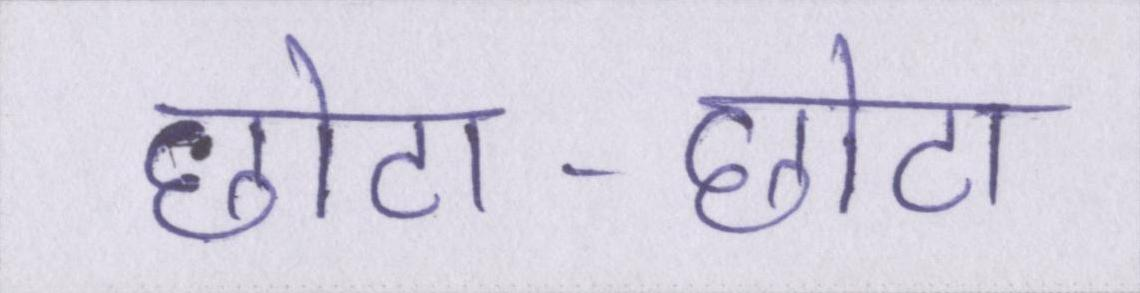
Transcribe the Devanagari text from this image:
छोटा-छोटा